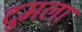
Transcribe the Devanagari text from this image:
दुमला